Civil Veterinary Department Bihar reports 1940-50 - 1940-1950
Year: 1940
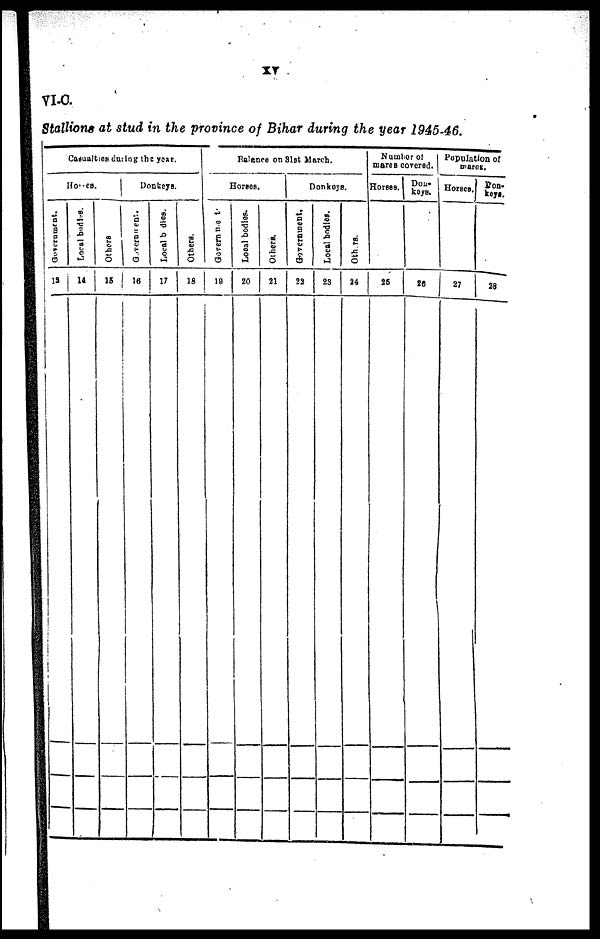
XT
VI.C.
Stallions at stud in the province of Bihar during the year 1945-46.
Casualties during the year.
Horses.
Government.
13
Local bodies.
14
Others.
15
Donkeys.
Government.
16
Local bodies.
17
Others.
18
Balance
on 3lst March.
Horses.
Government.
19
Local bodies.
20
Others.
21
Donkeys.
Government.
22
Local bodies.
23
Others.
24
Number of
mares covered.
Horses.
25
Don-
keys.
26
Population of
marer.
Horses.
27
Don-
keys.
28